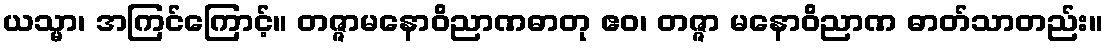
ယသ္မာ၊ အကြင်ကြောင့်။ တဇ္ဇာမနောဝိညာဏဓာတု ဧဝ၊ တဇ္ဇာ မနောဝိညာဏ ဓာတ်သာတည်း။